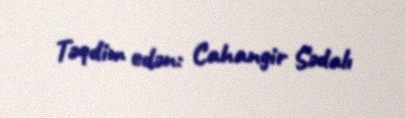
Təqdim edən: Cahangir Sədalı